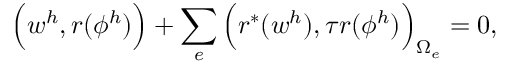
\Big ( w ^ { h } , r ( \phi ^ { h } ) \Big ) + \sum _ { e } \Big ( r ^ { * } ( w ^ { h } ) , \tau r ( \phi ^ { h } ) \Big ) _ { \Omega _ { e } } = 0 ,